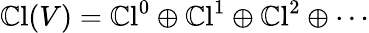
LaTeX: \operatorname{\mathbb{C}l}(V)=\operatorname{\mathbb{C}l}^{0}\oplus\operatorname{\mathbb{C}l}^{1}\oplus\operatorname{\mathbb{C}l}^{2}\oplus\cdots